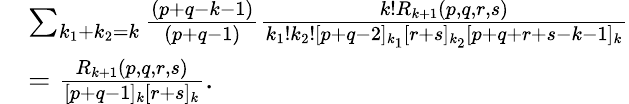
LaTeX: \begin{array}{rl}&{\sum_{k_{1}+k_{2}=k}\frac{(p+q-k-1)}{(p+q-1)}\frac{k!R_{k+1}(p,q,r,s)}{k_{1}!k_{2}![p+q-2]_{k_{1}}[r+s]_{k_{2}}[p+q+r+s-k-1]_{k}}}\\ &{=\frac{R_{k+1}(p,q,r,s)}{[p+q-1]_{k}[r+s]_{k}}.}\end{array}